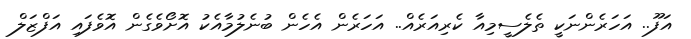
އަފޫ.. އަހަރެންނަކީ ތެލެސީމިއާ ކެރިއަރެއް.. އަހަރެން އެހެން ބުނެލުމާއެކު އޮށޯވެގެން އޮވެފައި އަފްޒަލް